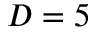
D = 5